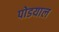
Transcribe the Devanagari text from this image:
पोडयाल